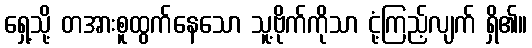
ရှေ့သို့ တအားစူထွက်နေသော သူ့ဗိုက်ကိုသာ ငုံ့ကြည့်လျက် ရှိ၏။